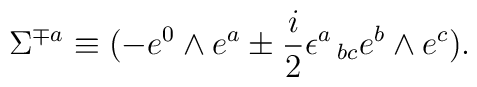
\Sigma^{{\mp}a} \equiv (-e^{0}\wedge e^{a} \pm {i \over 2}\epsilon^a\,_{bc}e^b \wedge e^c).